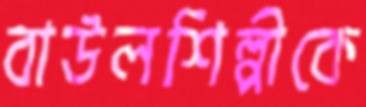
বাউলশিল্পীকে